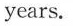
years.